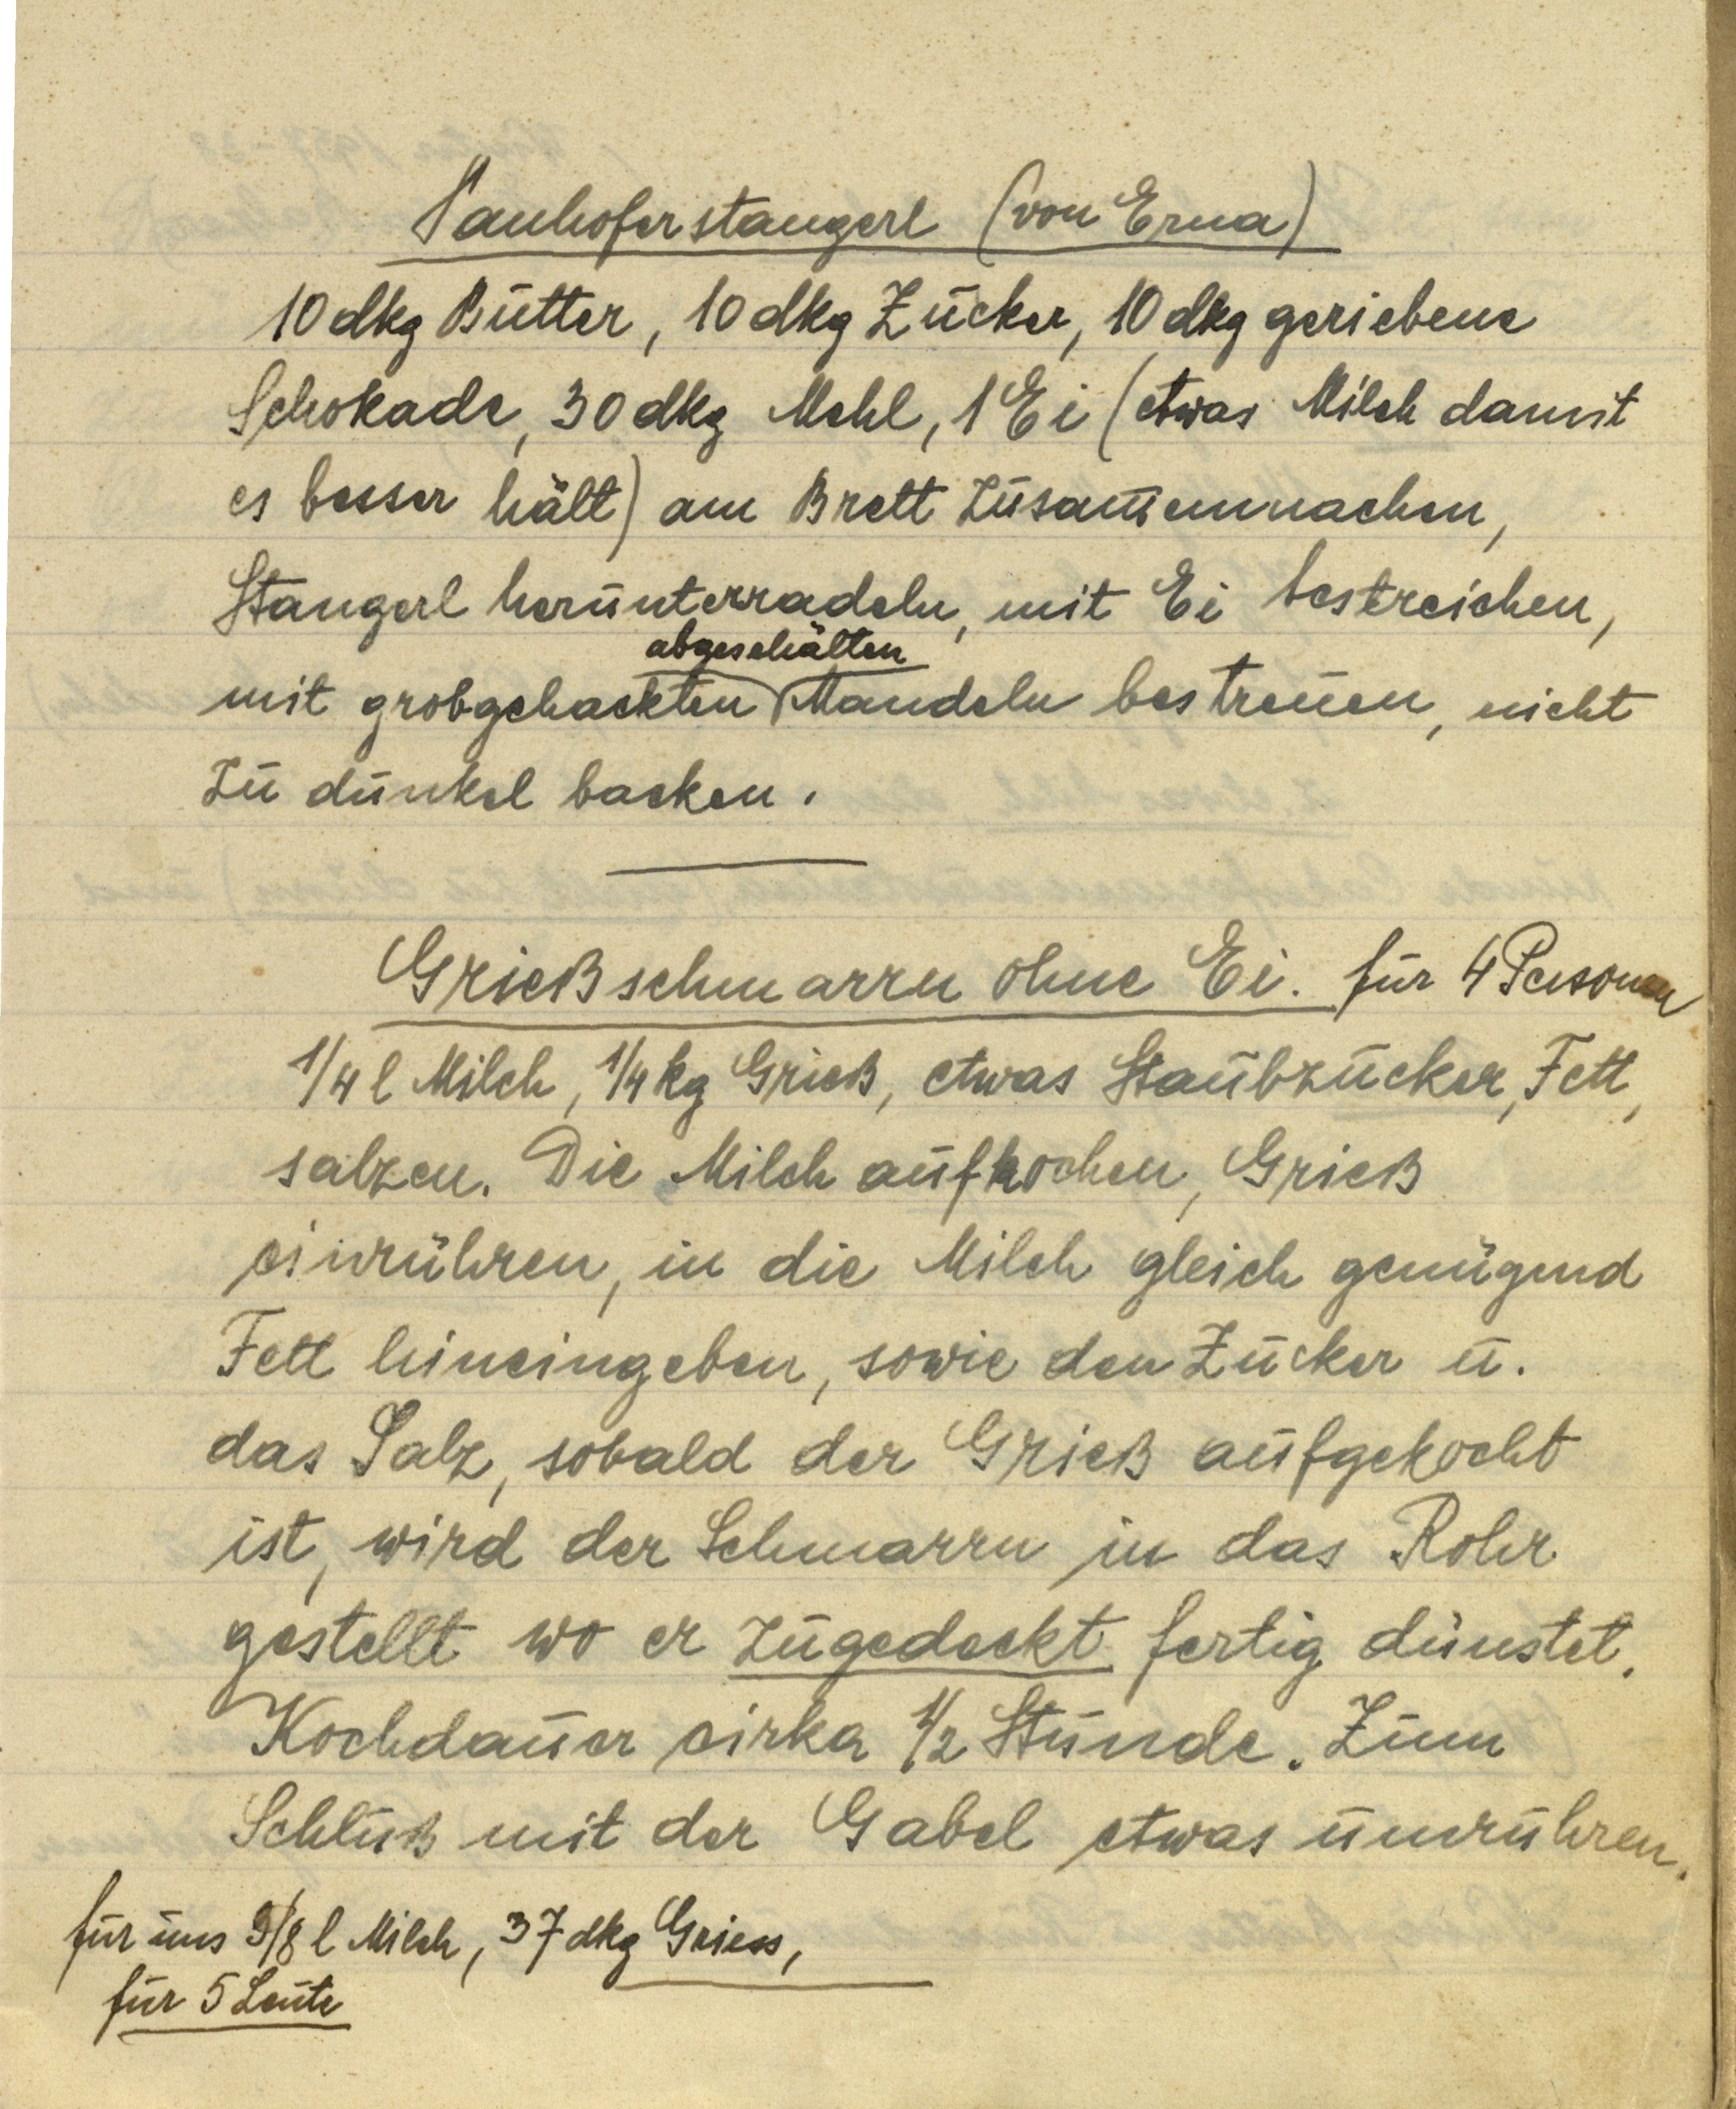
Panhoferstangerl (von Erna)
10 dkg Butter, 10 dkg Zucker, 10 dkg geriebene
Schokolade, 30 dkg Mehl, 1 Ei (etwas Milch damit
es besser hält) am Brett zusammenmachen,
Stangerl herunterradeln, mit Ei bestreichen,
abgeschälten
mit grobgehackten Mandeln bestreuen, nicht
zu dunkel backen.

Grießschmarrn ohne Ei. für 4 Personen
¼ l Milch ¼ kg Grieß, etwas Staubzucker, Fett,
salzen. Die Milch aufkochen, Grieß
einrühren, in die Milch gleich genügend
Fett hineingeben, sowie den Zucker u.
das Salz, sobald der Grieß aufgekocht
ist, wird der Schmarrn in das Rohr
gestellt wo er zugedeckt fertig dünstet.
Kochdauer cirka ½ Stunde. Zum
Schluß mit der Gabel etwas umrühren.

für uns 9/8 l Milch, 37 dkg Griess,
für 5 Leute